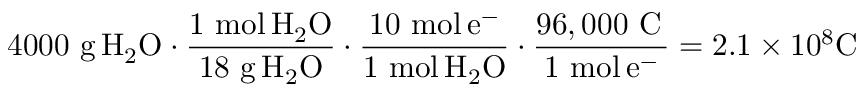
4 0 0 0 \ { \mathrm { g } } \, \mathrm { { { H } _ { 2 } \mathrm { { { O } \cdot { \frac { 1 \ { \mathrm { m o l } } \, \mathrm { { { H } _ { 2 } \mathrm { { O } } } } } { 1 8 \ { \mathrm { g } } \, H _ { 2 } O } } \cdot { \frac { 1 0 \ { \mathrm { m o l } } \, e ^ { - } } { 1 \ { \mathrm { m o l } } \, H _ { 2 } O } } \cdot { \frac { 9 6 , 0 0 0 \ { \mathrm { C } } \, } { 1 \ { \mathrm { m o l } } \, e ^ { - } } } = 2 . 1 \times 1 0 ^ { 8 } C \ \, \ } } } }